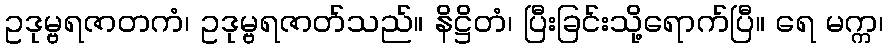
ဥဒုမ္ဗရဇာတကံ၊ ဥဒုမ္ဗရဇာတ်သည်။ နိဋ္ဌိတံ၊ ပြီးခြင်းသို့ရောက်ပြီ။ ရေ မက္က၊